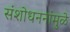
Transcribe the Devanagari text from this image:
संशोधननांमुळे